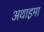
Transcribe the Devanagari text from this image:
अथाइमा